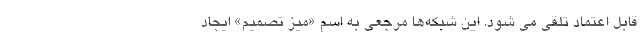
قابل اعتماد تلقی می شود. این شبکه‌ها مرجعی به اسم «میز تصمیم» ایجاد